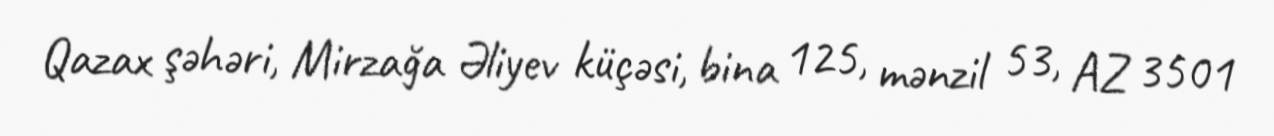
Qazax şəhəri, Mirzağa Əliyev küçəsi, bina 125, mənzil 53, AZ 3501